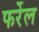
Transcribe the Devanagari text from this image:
फर्रेल